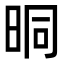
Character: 晍